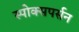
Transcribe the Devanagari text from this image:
स्पोक्सपर्सन